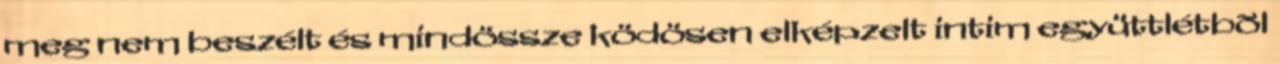
meg nem beszélt és mindössze ködösen elképzelt intim együttlétbõl